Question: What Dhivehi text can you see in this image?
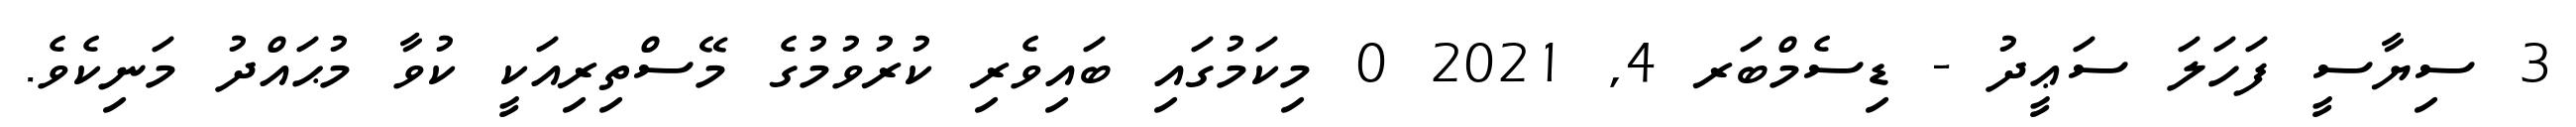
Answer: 3 ސިޔާސީ ފަހަލަ ސަޢީދު - ޑިސެމްބަރ 4, 2021 0 މިކަމުގައި ބައިވެރި ކުރުވުމުގެ މޭސްތިރިއަކީ ކުވާ މުޙައްދު މަނިކެވެ.